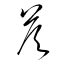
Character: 荅